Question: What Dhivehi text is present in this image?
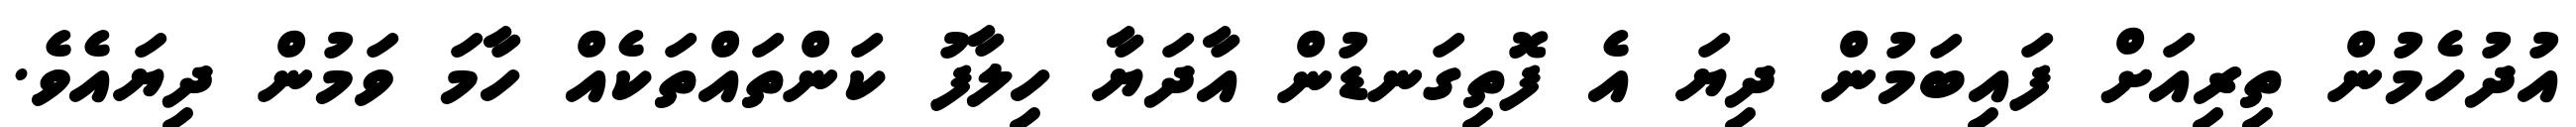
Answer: އުދުހެމުން ތިރިއަށް ފައިބަމުން ދިޔަ އެ ފޮތިގަނޑުން އާދަޔާ ހިލާފު ކަންތައްތަކެއް ހާމަ ވަމުން ދިޔައެވެ.